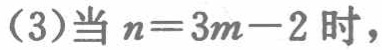
(3)当 \(n = 3m - 2\) 时，